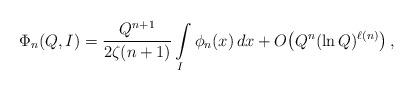
LaTeX: \begin{align*}\Phi_n(Q, I) = \frac{Q^{n+1}}{2\zeta(n+1)} \int\limits_{I} \phi_n(x)\, dx + O\!\left(Q^n (\ln Q)^{\ell(n)}\right),\end{align*}